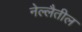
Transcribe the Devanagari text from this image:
नेल्लैतील